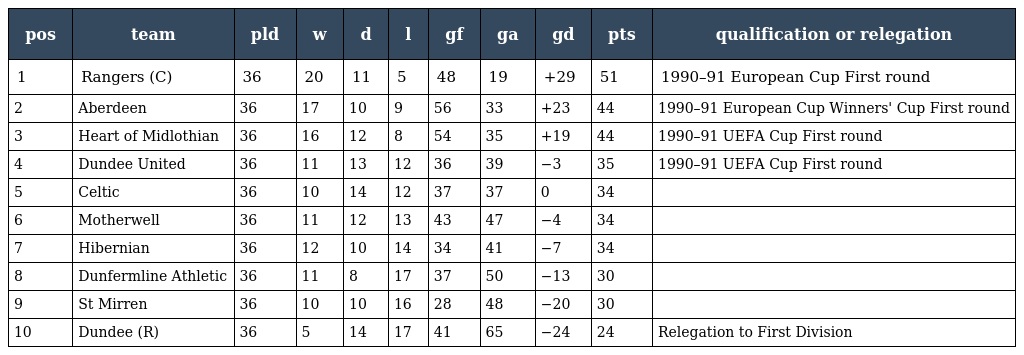
| pos | team | pld | w | d | l | gf | ga | gd | pts | qualification or relegation |
 | --- | --- | --- | --- | --- | --- | --- | --- | --- | --- | --- |
 | 1 | Rangers (C) | 36 | 20 | 11 | 5 | 48 | 19 | +29 | 51 | 1990–91 European Cup First round |
 | 2 | Aberdeen | 36 | 17 | 10 | 9 | 56 | 33 | +23 | 44 | 1990–91 European Cup Winners' Cup First round |
 | 3 | Heart of Midlothian | 36 | 16 | 12 | 8 | 54 | 35 | +19 | 44 | 1990–91 UEFA Cup First round |
 | 4 | Dundee United | 36 | 11 | 13 | 12 | 36 | 39 | −3 | 35 | 1990–91 UEFA Cup First round |
 | 5 | Celtic | 36 | 10 | 14 | 12 | 37 | 37 | 0 | 34 |  |
 | 6 | Motherwell | 36 | 11 | 12 | 13 | 43 | 47 | −4 | 34 |  |
 | 7 | Hibernian | 36 | 12 | 10 | 14 | 34 | 41 | −7 | 34 |  |
 | 8 | Dunfermline Athletic | 36 | 11 | 8 | 17 | 37 | 50 | −13 | 30 |  |
 | 9 | St Mirren | 36 | 10 | 10 | 16 | 28 | 48 | −20 | 30 |  |
 | 10 | Dundee (R) | 36 | 5 | 14 | 17 | 41 | 65 | −24 | 24 | Relegation to First Division |